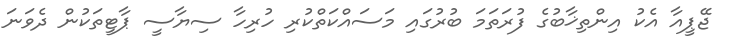
ޖޭޕީއާ އެކު އިންތިޚާބުގެ ފުރަތަމަ ބުރުގައި މަސައްކަތްކުރި ހުރިހާ ސިޔާސީ ޕާޓީތަކުން ދެވަނަ